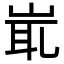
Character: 𡷝